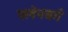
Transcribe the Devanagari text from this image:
फ्लेनबर्ग